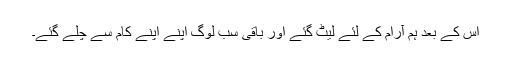
اس کے بعد ہم آرام کے لئے لیٹ گئے اور باقی سب لوگ اپنے اپنے کام سے چلے گئے۔